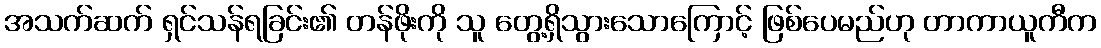
အသက်ဆက် ရှင်သန်ရခြင်း၏ တန်ဖိုးကို သူ တွေ့ရှိသွားသောကြောင့် ဖြစ်ပေမည်ဟု တာကာယူကီက